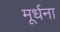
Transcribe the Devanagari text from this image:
मूर्धना